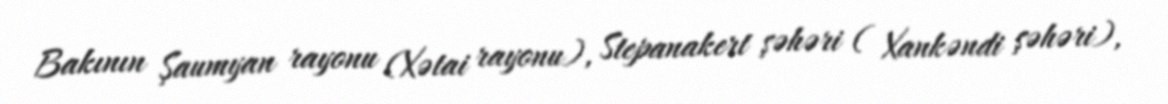
Bakının Şaumyan rayonu (Xətai rayonu), Stepanakert şəhəri ( Xankəndi şəhəri),